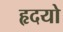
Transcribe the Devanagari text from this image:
हृदयो